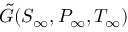
\tilde { G } ( S _ { \infty } , P _ { \infty } , T _ { \infty } )